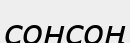
сонсоң